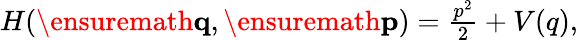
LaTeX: \begin{array}{r}{H(\ensuremath{\mathbf{q}},\ensuremath{\mathbf{p}})=\frac{p^{2}}{2}+V(q),}\end{array}